Insane asylums in Bengal annual reports 1867-1875 - 1867-1875
Year: 1867
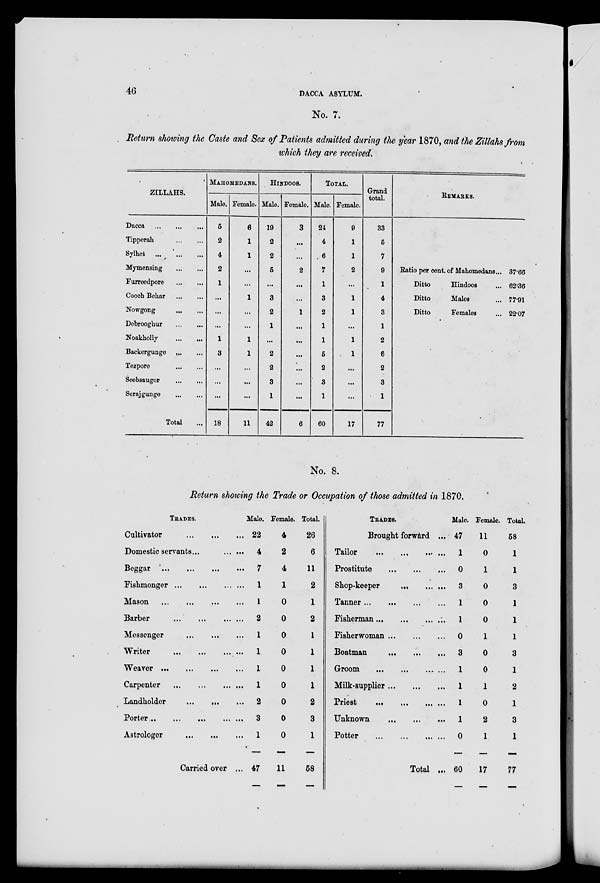
46
DACCA ASYLUM.
No. 7.
Return showing the Caste and Sex of Patients admitted during the year 1870, and the Zittahs from
which they are received.
ZILLAHS.
Dacca
...
...
...
Tipperah
...
...
Sylhet
...
...
...
Mymensing
...
...
Furreedpore
...
...
Cooch Behar
...
...
Nowgong
...
...
Debrooghur
...
...
Noakholly
...
...
Backergunge
...
...
Tezpore
...
...
Seebsaugor
...
...
Serajgunge
...
...
Total ...
MAHOMEDANS.
Male.
5
2
4
2
1
...
...
...
1
3
...
...
...
18
Female.
6
1
1
...
...
1
...
...
1
1
...
...
...
11
HINDOOS.
Male.
19
2
2
5
...
3
2
1
...
2
2
3
1
42
Female.
3
...
...
2
...
...
1
...
...
...
...
...
...
6
TOTAL.
Male.
24
4
6
7
1
3
2
1
1
5
2
3
1
60
Female.
9
1
1
2
...
1
1
...
1
1
...
...
...
17
Grand
total.
33
5
7
9
1
4
3
1
2
6
2
3
1
77
REMARKS.
Ratio per cent. of Mahomedans ...
Ditto
Hindoos ...
Ditto
Males ...
Ditto
Females ...
37.66
62.36
77.91
22.07
No. 8.
Return showing the Trade or Occupation of those admitted in 1870.
TRADES.
Cultivator
...
...
...
Domestic servants ... ... ...
Beggar ... ... ... ...
Fishmonger ... ... ... ...
Mason ... ... ... ...
Barber ... ... ... ...
Messenger ... ... ...
Writer ... ... ... ...
Weaver ... ... ... ...
Carpenter ... ... ... ...
Landholder ... ...
...
Porter ... ... ... ... ...
Astrologer ... ... ...
Carried over ...
Male.
22
4
7
1
1
2
1
1
1
1
2
3
1
47
Female.
4
2
4
1
0
0
0
0
0
0
0
0
0
11
Total.
26
6
11
2
1
2
1
1
1
1
2
3
1
58
TRADES.
Brought forward ...
Tailor
...
...
...
...
Prostitute
...
...
...
Shop-keeper
...
...
...
Tanner
...
...
...
Fisherman
...
...
...
Fisherwoman ... ... ...
Boatman
...
...
...
Groom
...
...
...
Milk-supplier ... ... ...
Priest
...
...
...
Unknown
...
...
...
Potter
...
...
...
Total ...
Male.
47
1
0
3
1
1
0
3
1
1
1
1
0
60
Female.
11
0
1
0
0
0
1
0
0
1
0
2
1
17
Total.
58
1
1
3
1
1
1
3
1
2
1
3
1
77